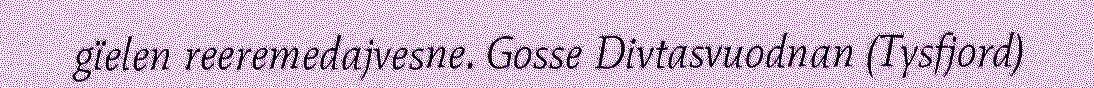
gïelen reeremedajvesne. Gosse Divtasvuodnan (Tysfjord)